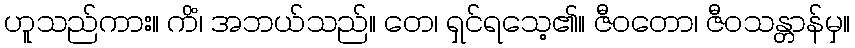
ဟူသည်ကား။ ကိံ၊ အဘယ်သည်။ တေ၊ ရှင်ရသေ့၏။ ဇီဝတော၊ ဇီဝသန္တာန်မှ။